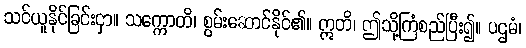
သင်ယူနိုင်ခြင်းငှာ။ သက္ကောတိ၊ စွမ်းဆောင်နိုင်၏။ ဣတိ၊ ဤသို့ကြံစည်ပြီး၍။ ပဌမံ၊